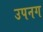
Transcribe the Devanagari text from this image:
उपनग